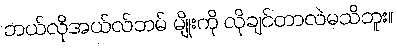
ဘယ်လိုအယ်လ်ဘမ် မျိုးကို လိုချင်တာလဲမသိဘူး။